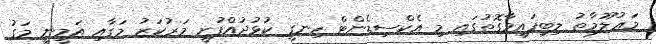
މަޢުލޫމާތު ލިބިފައިވާގޮތުގައި މި އެކްސިޑެންޓް ހިނގީ ކުޅުދުއްފުށީ މަރުކަޒު މަގާއި އަމީނީ މަގު